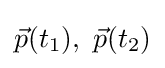
{\vec {p}}(t_{1}),\ {\vec {p}}(t_{2})